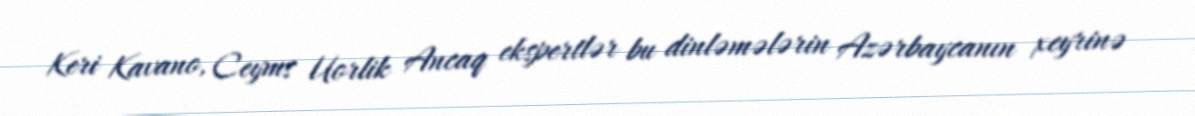
Keri Kavano, Ceyms Uorlik Ancaq ekspertlər bu dinləmələrin Azərbaycanın xeyrinə